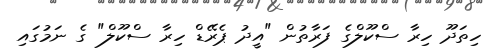
ހިތަދޫ ހިރާ ސްކޫލްގެ ފަރާތުން "އީދު ޕެރޭޑް ހިރާ ސްކޫލް" ގެ ނަމުގައި